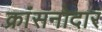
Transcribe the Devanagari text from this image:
क्रांसनोदार